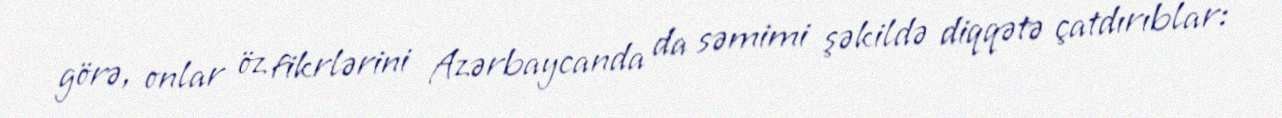
görə, onlar öz fikrlərini Azərbaycanda da səmimi şəkildə diqqətə çatdırıblar: